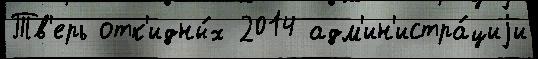
Тв'ерь отк'идны́х 2014 адм'ин'истра́циjи